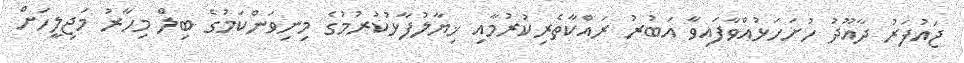
ޖައުފަރު ދާއޫދު ހުށަހަޅުއްވާފައިވާ އަބުރު ރައްކާތެރިކުރުމާއި ޚިޔާލުފާޅުކުރުމުގެ މިނިވަންކަމުގެ ބިލް މިހާރު މަޖިލީހަށް